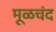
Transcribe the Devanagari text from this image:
मूळचंद